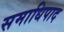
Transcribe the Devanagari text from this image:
समाधिपाद